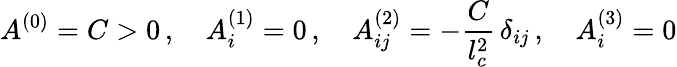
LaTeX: A^{(0)}=C>0\, ,\quad A_{i}^{(1)}=0\, ,\quad A_{ij}^{(2)}=-\frac{C}{l_{c}^{2}}\, \delta_{ij}\, ,\quad A_{i}^{(3)}=0